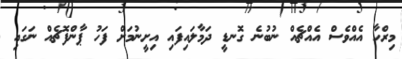
މިރްހާ އެއްވެސް އެއްޗެއް ނުބުނެ ގޮނޑީ ދަމާލައިފައި އިށީނުމަށް ފަހު ޕާންފޮޗެއް ނަގައި